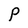
Character: P